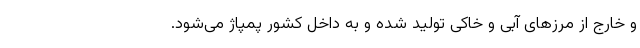
و خارج از مرزهای آبی و خاکی تولید شده و به داخل کشور پمپاژ می‌شود.